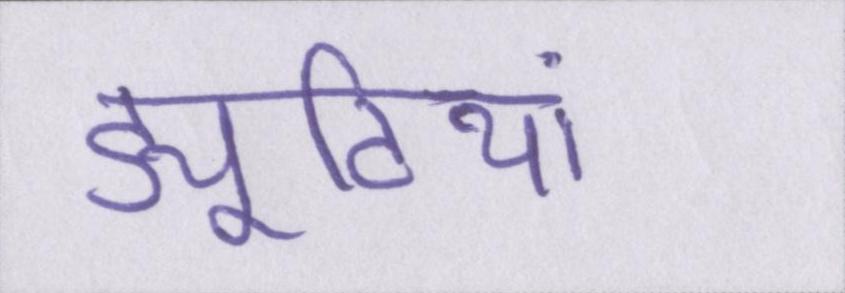
ड्यूटियां